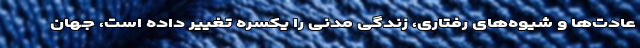
عادت‌ها و شیوه‌های رفتاری، زندگی مدنی را یکسره تغییر داده است، جهان